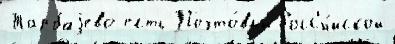
Тарбаjево есть Почто́вый Росс'и́йской